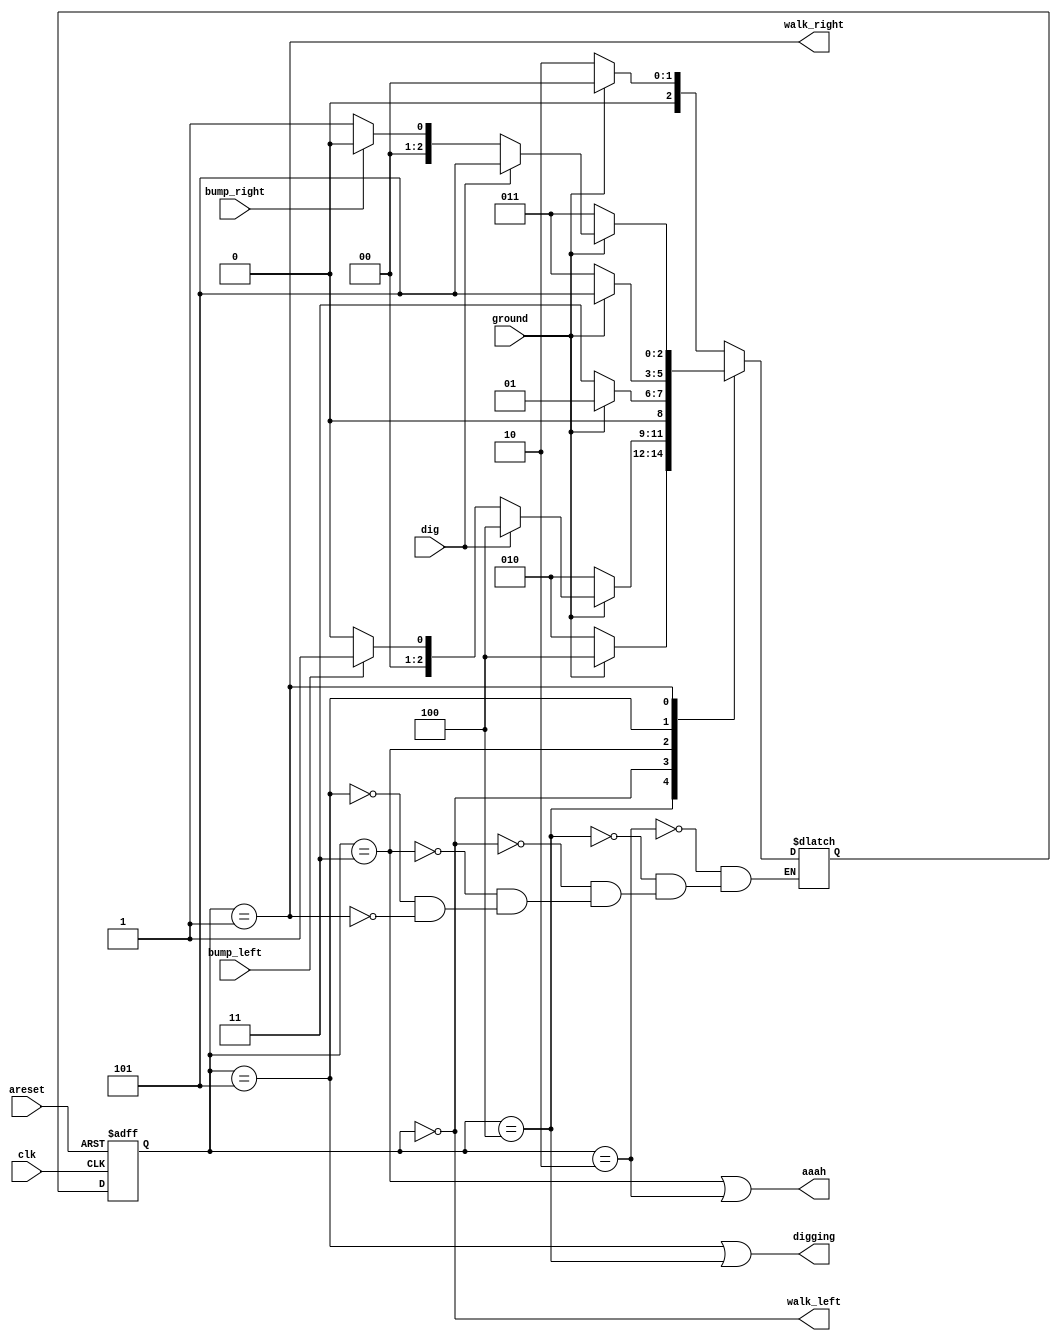
module top_module(
    input clk,
    input areset,    // Freshly brainwashed Lemmings walk left.
    input bump_left,
    input bump_right,
    input ground,
    input dig,
    output walk_left,
    output walk_right,
    output aaah,
    output digging ); 

    reg [2:0]  state,next_state;
    parameter left = 3'd0, right = 3'd1, fall_left = 3'd2, fall_right = 3'd3, dig_left = 3'd4, dig_right = 3'd5;
    
    always @(*) begin
        // State transition logic
        case (state) 
            fall_left:begin
                if(ground) begin
                	next_state = left;
                end
                else begin
                	next_state = fall_left;
                end
            end
            dig_left:begin
                if(ground) begin
                    next_state = dig_left;    
                end
                else begin
                	next_state = fall_left;
                end
            end
            left:begin
                if(~ground) begin
                	next_state = fall_left;
                end
                else if(dig) begin
                	next_state = dig_left;
                end
                else if(bump_left) begin
                	next_state = right;
                end
                else begin
                	next_state = left;    
                end
            end
            fall_right:begin
                if(ground) begin
                	next_state = right;
                end
                else begin
                	next_state = fall_right;
                end
            end
            dig_right:begin
                if(ground) begin
                    next_state = dig_right;    
                end
                else begin
                	next_state = fall_right;
                end
            end
        	right:begin
                if(~ground) begin
                	next_state = fall_right;
                end
                else if(dig) begin
                	next_state = dig_right;
                end
                else if(bump_right) begin
                    next_state = left;
                end
                else begin
                    next_state = right;    
                end
             end
            
        endcase
    end

    always @(posedge clk, posedge areset) begin
        // State flip-flops with asynchronous reset
        if(areset) begin
            state <= left;
        end
        else begin
            state <= next_state;
        end
    end

    // Output logic
    assign walk_left = (state == left);
    assign walk_right = (state == right);
    assign aaah = (state == fall_right) | (state == fall_left);
    assign digging = (state == dig_right) | (state == dig_left);
    
endmodule